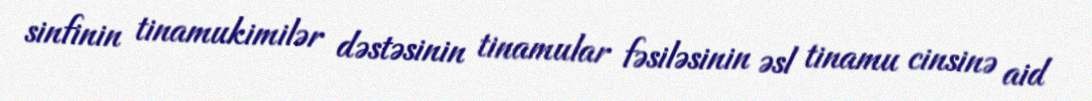
sinfinin tinamukimilər dəstəsinin tinamular fəsiləsinin əsl tinamu cinsinə aid